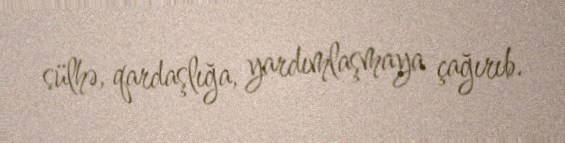
sülhə, qardaşlığa, yardımlaşmaya çağırıb.